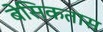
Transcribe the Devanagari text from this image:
बेसिकतास